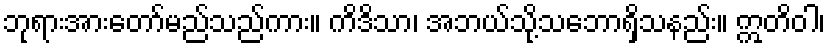
ဘုရားအားတော်မည်သည်ကား။ ကိဒိသာ၊ အဘယ်သို့သဘောရှိသနည်း။ ဣတိဝါ၊